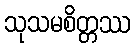
သုသမစိတ္တဿ